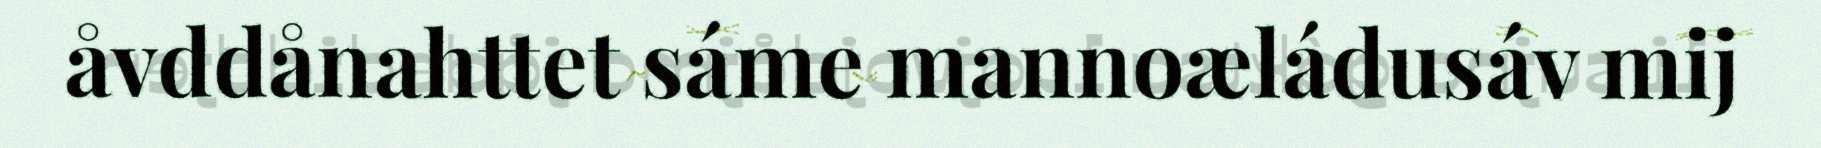
åvddånahttet sáme mannoæládusáv mij